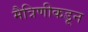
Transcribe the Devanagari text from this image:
मैत्रिणीकडून